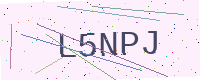
Text: L5NPJ